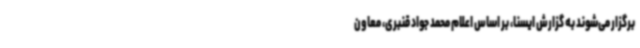
برگزار می‌شوند به گزارش ایسنا، بر اساس اعلام محمد جواد قنبری، معاون